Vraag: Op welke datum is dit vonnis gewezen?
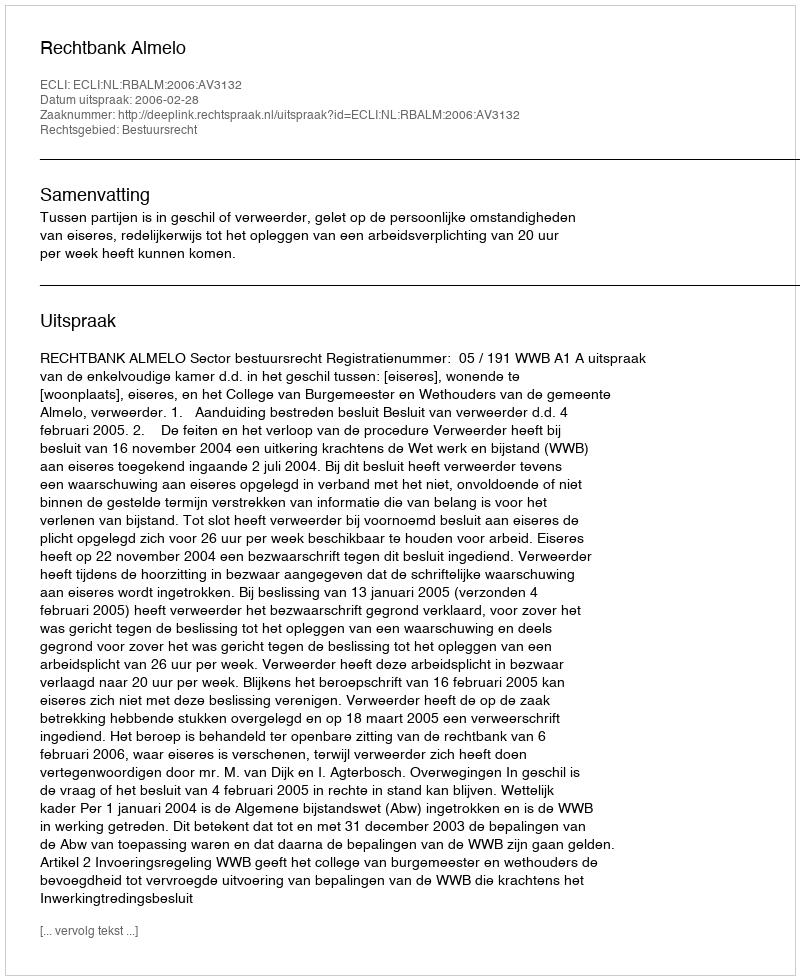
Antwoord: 2006-02-28